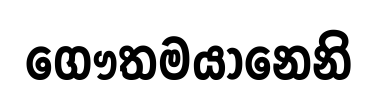
ගෞතමයානෙනි